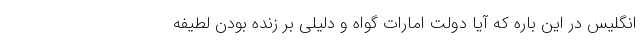
انگلیس در این باره که آیا دولت امارات گواه و دلیلی بر زنده بودن لطیفه